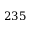
2 3 5